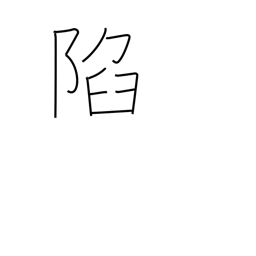
Meaning: fall (castle)